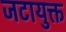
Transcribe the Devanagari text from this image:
जटायुक्त